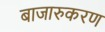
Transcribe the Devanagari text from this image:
बाजारुकरण